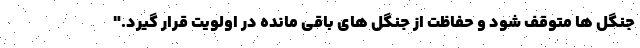
جنگل ها متوقف شود و حفاظت از جنگل های باقی مانده در اولویت قرار گیرد."